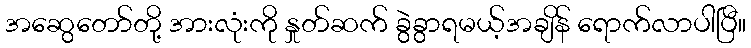
အဆွေတော်တို့ အားလုံးကို နှုတ်ဆက် ခွဲခွာရမယ့်အချိန် ရောက်လာပါပြီ။